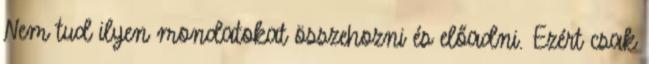
Nem tud ilyen mondatokat összehozni és előadni. Ezért csak